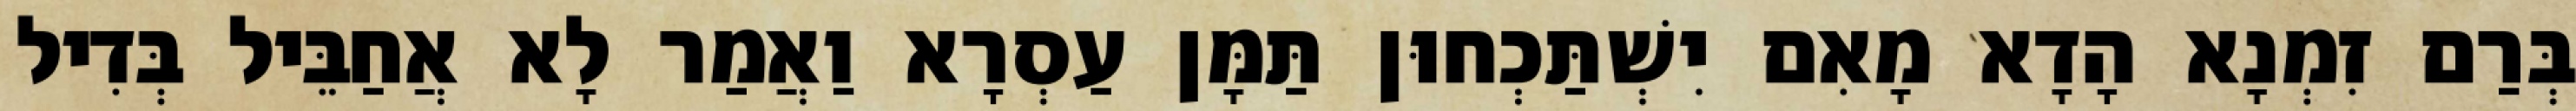
בְּרַם זִמְנָא הָדָא מָאִם יִשְׁתַּכְחוּן תַּמָּן עַסְרָא וַאֲמַר לָא אֲחַבֵּיל בְּדִיל